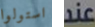
استولوا عند